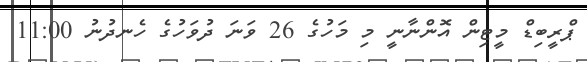
ޕްރީބިޑް މީޓިން އޮންނާނީ މި މަހުގެ 26 ވަނަ ދުވަހުގެ ހެނދުނު 11:00